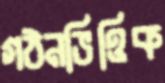
গঠনভিত্তিক